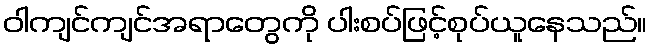
ဝါကျင်ကျင်အရာတွေကို ပါးစပ်ဖြင့်စုပ်ယူနေသည်။